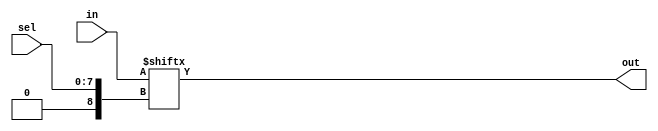
module top_module( 
    input [255:0] in,
    input [7:0] sel,
    output out );

    integer i;

    assign i = sel;
    assign out = in[i];

endmodule